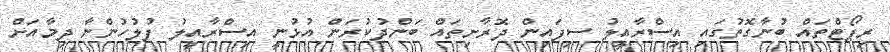
ރިޕޯޓްތައް ބުނާގޮތުގައި އިސްރާއީލު ސިފައިން ދޮރާށިތައް ބަންދުކުރަން އުޅުނީ އިސްރާއީލު ފުލުހުންނާ ދިމާއަށް